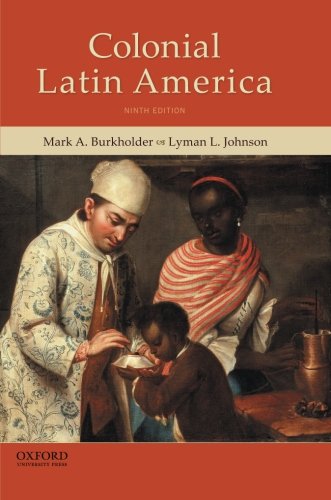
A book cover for Colonial Latin America; Mark A. Burkholder; History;